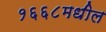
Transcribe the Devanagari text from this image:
१६६८मधील